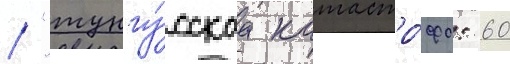
/ "тунгу́сскаа катастро́фа: 60